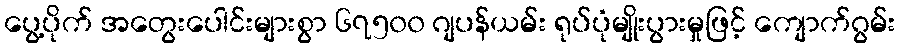
ပွေ့ပိုက် အတွေးပေါင်းများစွာ ၆၇၅၀၀ ဂျပန်ယမ်း ရုပ်ပုံမျိုးပွားမှုဖြင့် ကျောက်ဂွမ်း